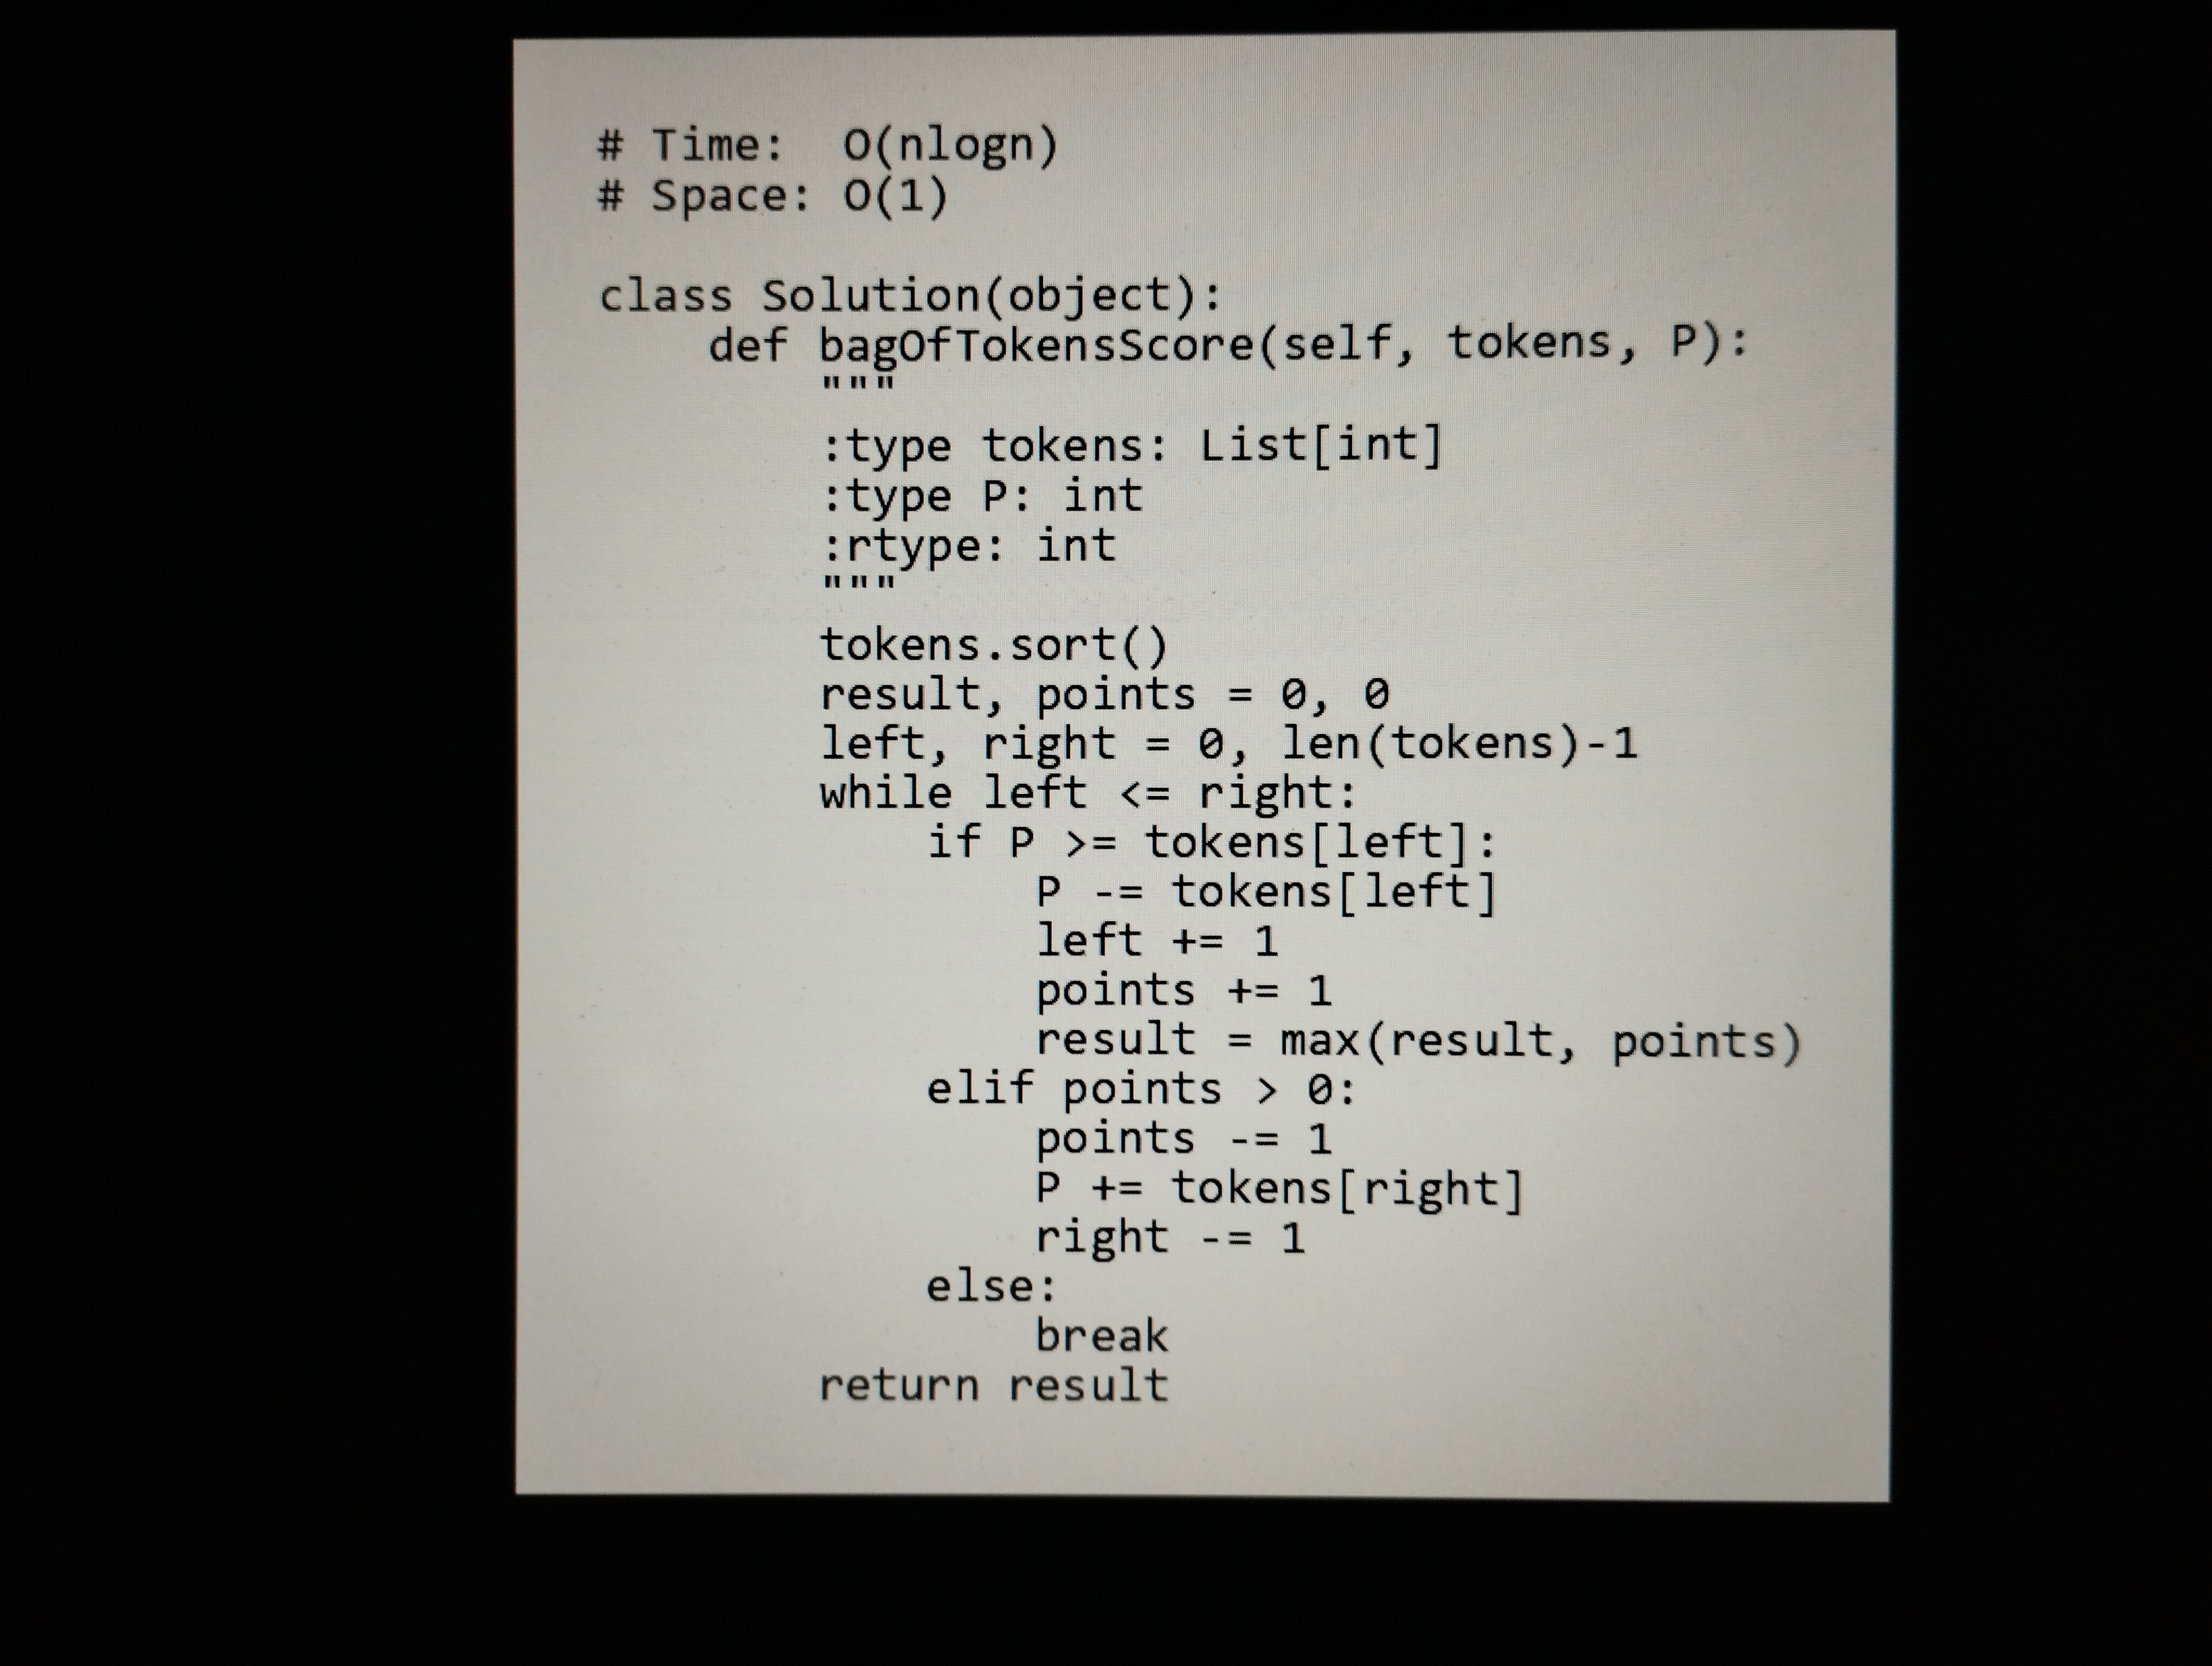
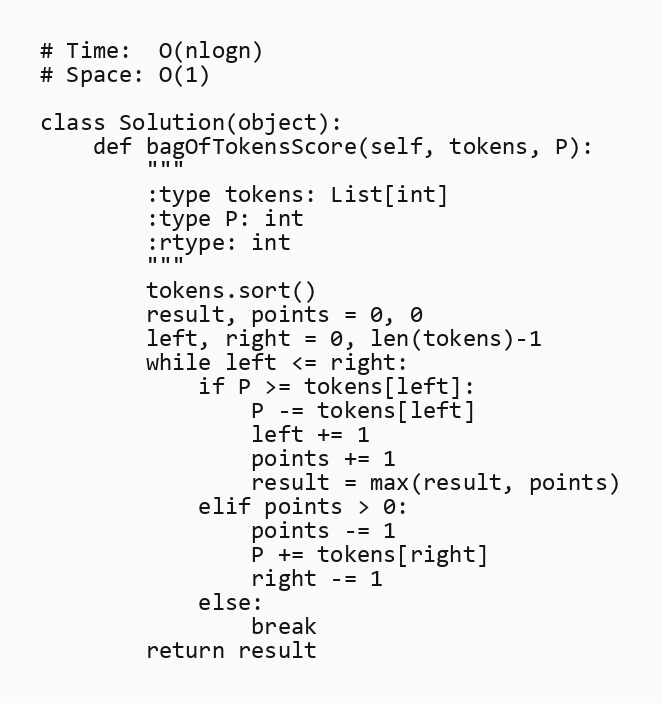
# Time:  O(nlogn)
# Space: O(1)

class Solution(object):
    def bagOfTokensScore(self, tokens, P):
        """
        :type tokens: List[int]
        :type P: int
        :rtype: int
        """
        tokens.sort()
        result, points = 0, 0
        left, right = 0, len(tokens)-1
        while left <= right:
            if P >= tokens[left]:
                P -= tokens[left]
                left += 1
                points += 1
                result = max(result, points)
            elif points > 0:
                points -= 1
                P += tokens[right]
                right -= 1
            else:
                break
        return result